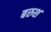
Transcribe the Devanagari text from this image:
बरुश